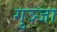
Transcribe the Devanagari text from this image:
गुञ्जा